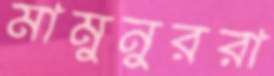
মামুনুররা